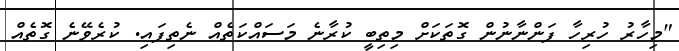
"މިހާރު ހުރިހާ ފަންނާނުން ގޮތަކަށް މިތިބީ ކުރާނެ މަސައްކަތެއް ނެތިފައި. ކުރެވޭނެ ގޮތެއް